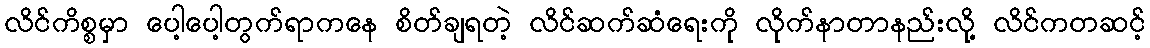
လိင်ကိစ္စမှာ ပေါ့ပေါ့တွက်ရာကနေ စိတ်ချရတဲ့ လိင်ဆက်ဆံရေးကို လိုက်နာတာနည်းလို့ လိင်ကတဆင့်